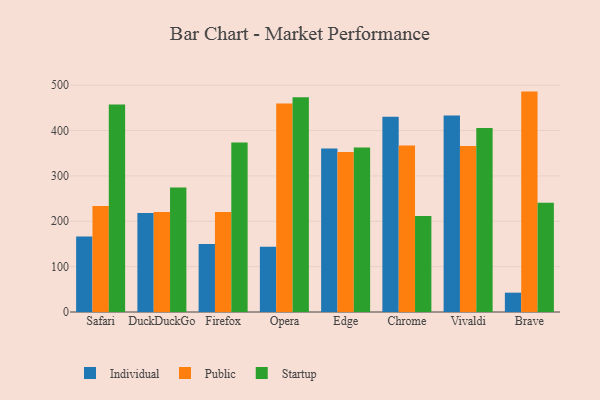
{"axis": {"x": "Browser", "y": "Operating Costs (USD K)"}, "legend": ["Individual", "Public", "Startup"], "data": [{"x": "Safari", "y": 166.2, "type": "Individual"}, {"x": "Safari", "y": 233.9, "type": "Public"}, {"x": "Safari", "y": 457.5, "type": "Startup"}, {"x": "DuckDuckGo", "y": 218.3, "type": "Individual"}, {"x": "DuckDuckGo", "y": 220.5, "type": "Public"}, {"x": "DuckDuckGo", "y": 274.5, "type": "Startup"}, {"x": "Firefox", "y": 149.7, "type": "Individual"}, {"x": "Firefox", "y": 220.4, "type": "Public"}, {"x": "Firefox", "y": 373.7, "type": "Startup"}, {"x": "Opera", "y": 143.8, "type": "Individual"}, {"x": "Opera", "y": 459.4, "type": "Public"}, {"x": "Opera", "y": 473.2, "type": "Startup"}, {"x": "Edge", "y": 360.6, "type": "Individual"}, {"x": "Edge", "y": 353.0, "type": "Public"}, {"x": "Edge", "y": 362.5, "type": "Startup"}, {"x": "Chrome", "y": 430.5, "type": "Individual"}, {"x": "Chrome", "y": 367.0, "type": "Public"}, {"x": "Chrome", "y": 211.4, "type": "Startup"}, {"x": "Vivaldi", "y": 433.1, "type": "Individual"}, {"x": "Vivaldi", "y": 365.8, "type": "Public"}, {"x": "Vivaldi", "y": 405.6, "type": "Startup"}, {"x": "Brave", "y": 42.6, "type": "Individual"}, {"x": "Brave", "y": 485.9, "type": "Public"}, {"x": "Brave", "y": 240.6, "type": "Startup"}]}